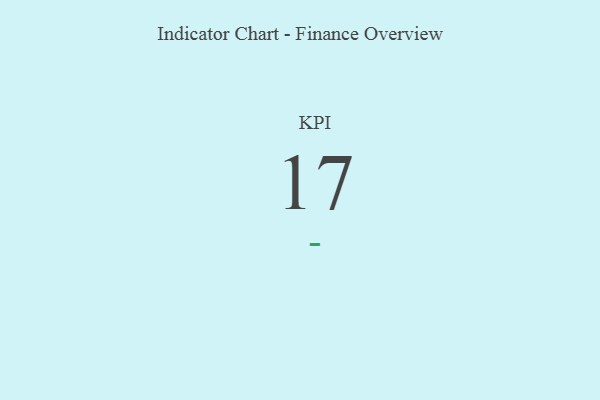
{"axis": {"x": "KPI", "y": "Value"}, "legend": [""], "data": [{"x": "KPI", "y": 17, "type": ""}]}